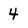
Character: 4